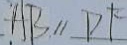
A B / / D F